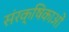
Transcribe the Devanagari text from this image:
संरक्षिकाओं